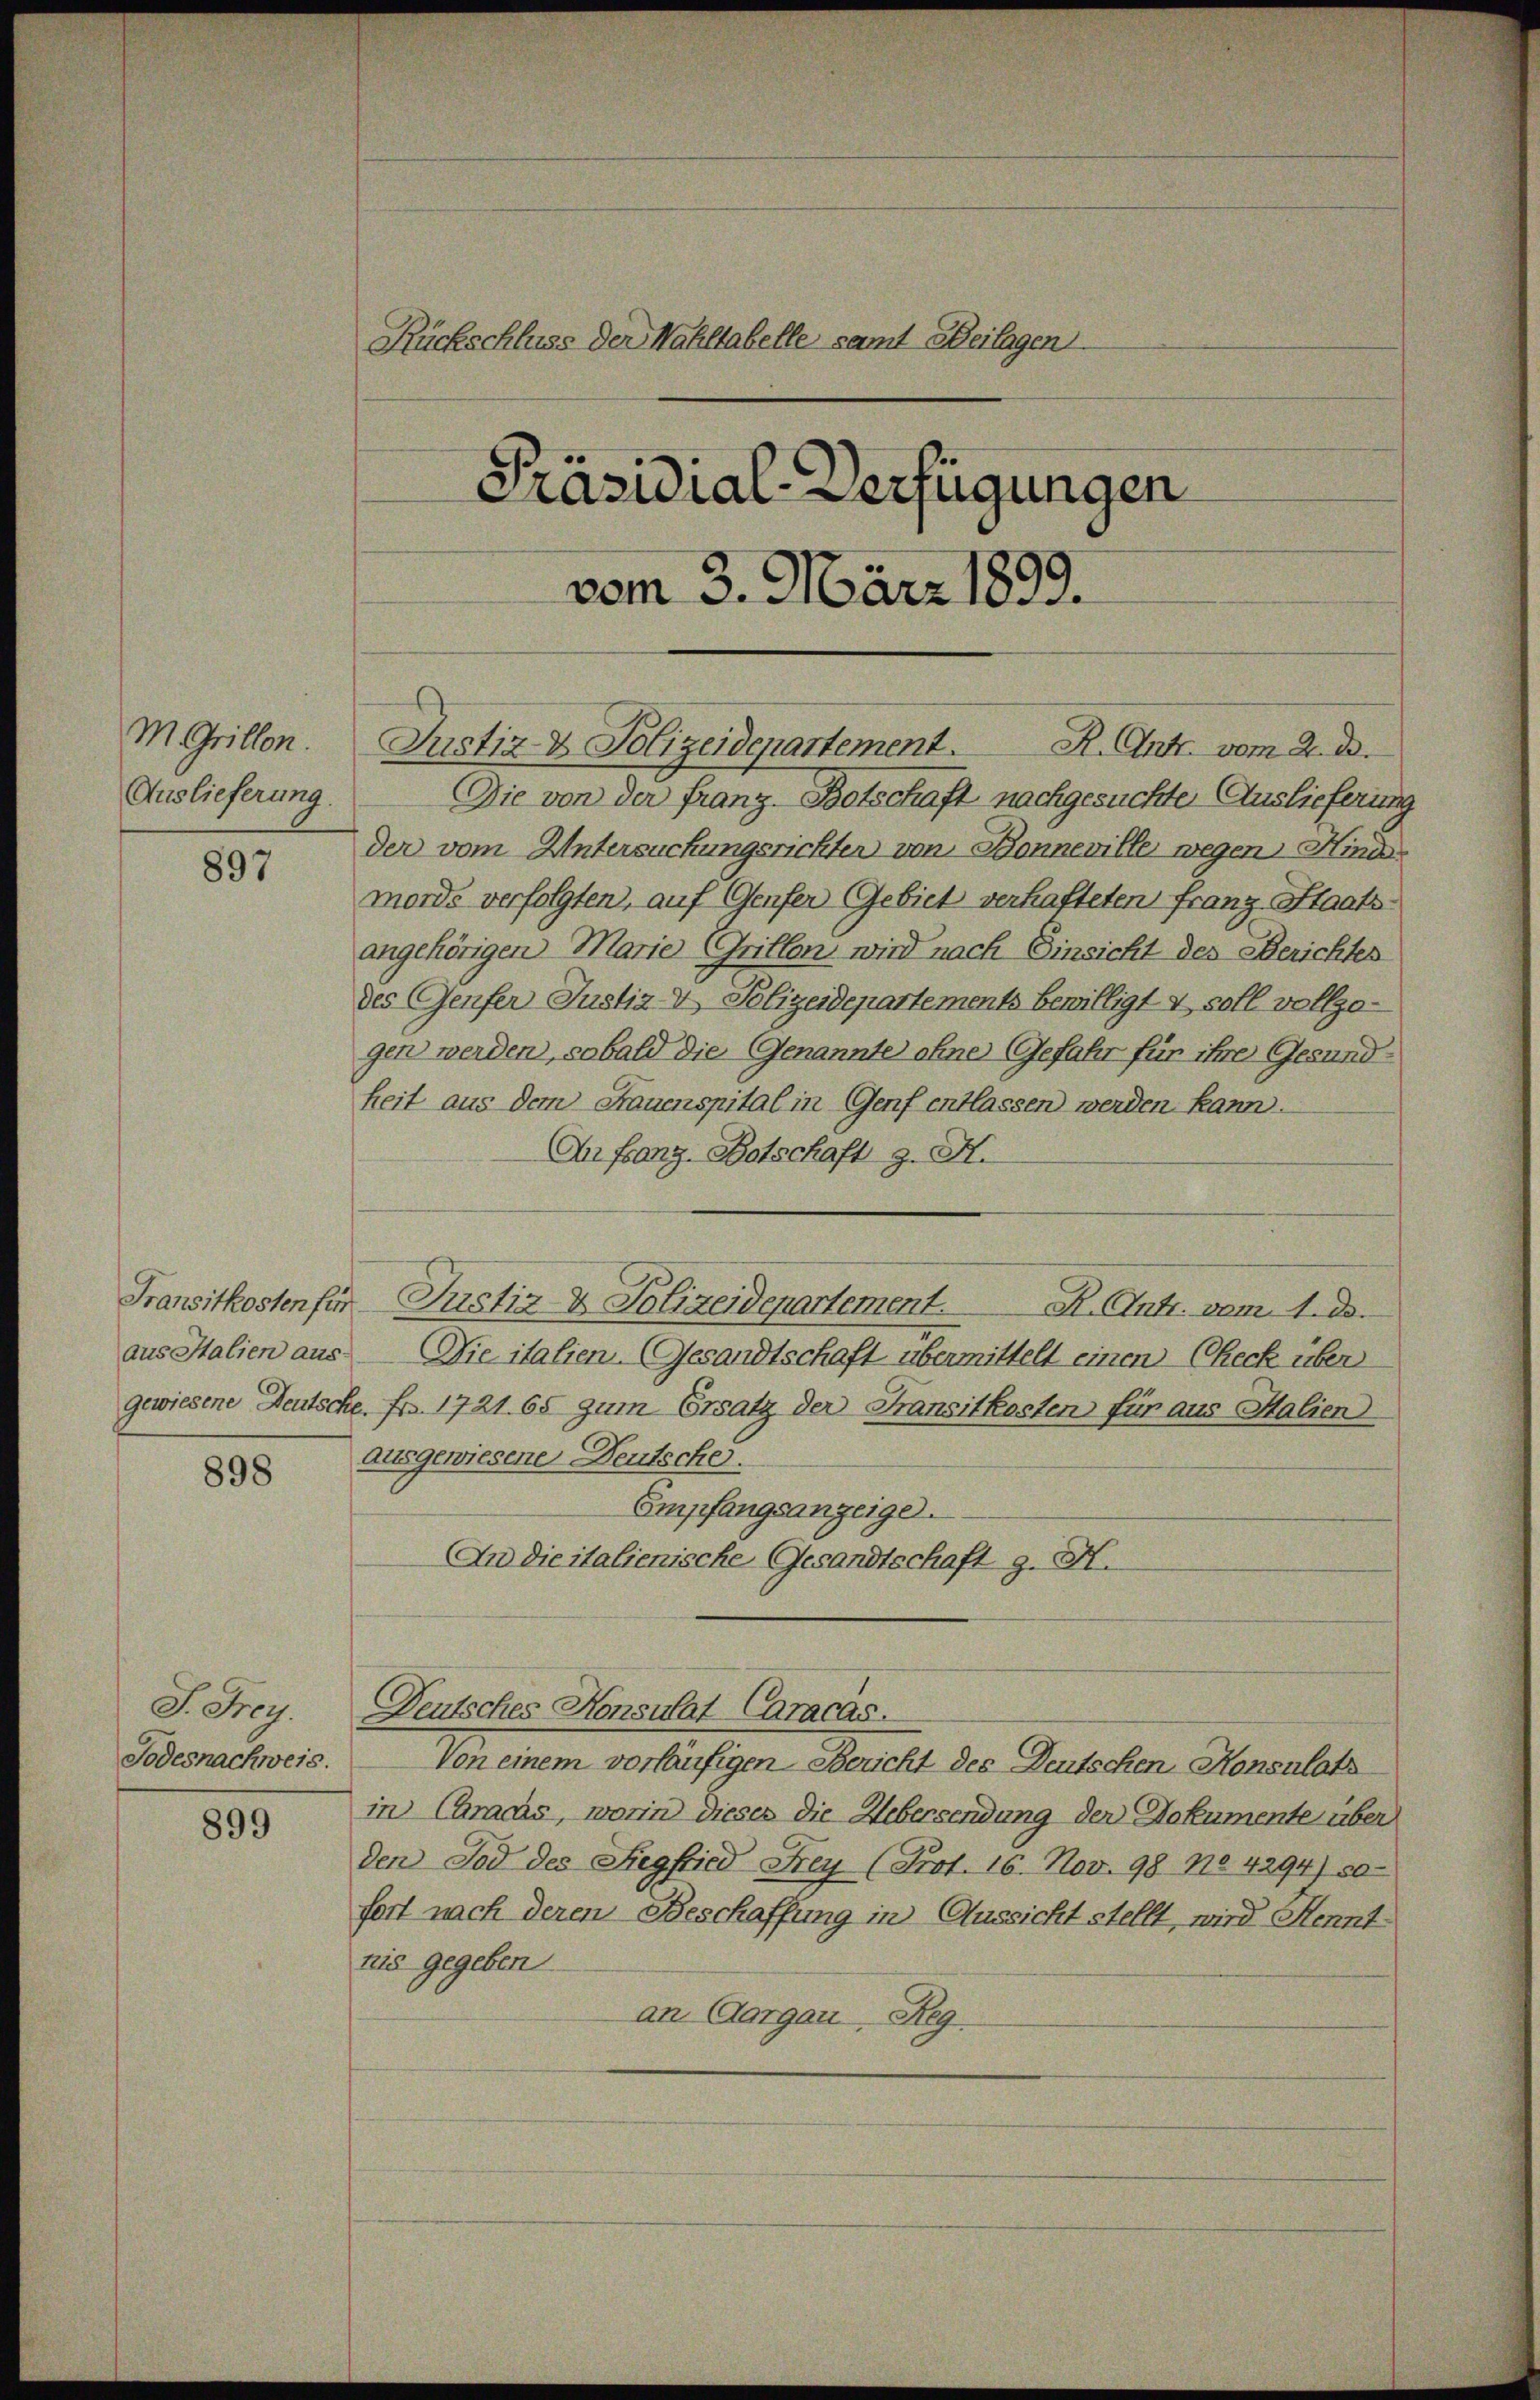
M. Grillen.
Auslieferung

897

Fransitkosten für
aus Italien aus
gewiesene Deutsc

898

S. Frey.
Todesnachweis.

899

Rückschluss der Wahltabelle samt Beilagen
Präsidial-Verfügungen
vom 3. März 1899.

Die von der franz-Botschaft nachgesuchte Auslieferung
der vom Untersuchungsrichten von Bonneville wegen Hinder
mords verfolgten, auf Genfer Gebiet verhafteten Franz Staats
angehörigen Marie Grillon wird nach Einsicht des Berichtes
des Genfer Justiz- & Polizeidepartements bewilligt & soll vollzogen werden, sobald die Genannte ohne Gefahr für ihre Gesundheit aus dem Frauenspital in Genf entlassen werden kann.
An Frang, Botschaft z. H.
Die italien (Gesandtschaft übermittelt einen (Reck über
e. Fr. 1721. 65 zum Ersatz der Fransitkosten für aus Stalien
ausgewiesene Deutsche.
Empfangsanzeige.
An die italienische Gesandtschaft g. H.
Deutsches Konsulat Caracas.
Von einem vorläufigen Bericht des Deutschen Konsulats
in Caracas, worin dieses die Uebersendung der Dokumente über
den Tod des Siegfried Frey (Prot. 16. Nov. 98. 104294) so
fort nach deren Beschaffung in Aussicht stellt, wird Henntzis gegeben
an Aargau, Reg.

Justiz & Polizeidepartement. R. Ant. vom 2. d.

Inctiz & Polizeidepartement. K. Ant. vom 1. ds.